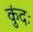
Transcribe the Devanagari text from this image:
कुंदः